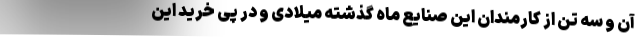
آن و سه تن از کارمندان این صنایع ماه گذشته میلادی و در پی خرید این